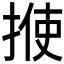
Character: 𪮈